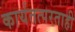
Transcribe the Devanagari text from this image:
कार्यतत्परताही